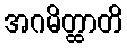
အဂမိတ္ထာတိ